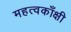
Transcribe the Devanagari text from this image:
महत्वकाँक्षी